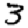
Digit: 3